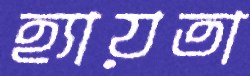
হ্যায়তা